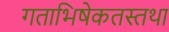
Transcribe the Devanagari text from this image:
गताभिषेकतस्तथा